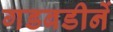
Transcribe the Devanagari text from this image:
गडबडीनें